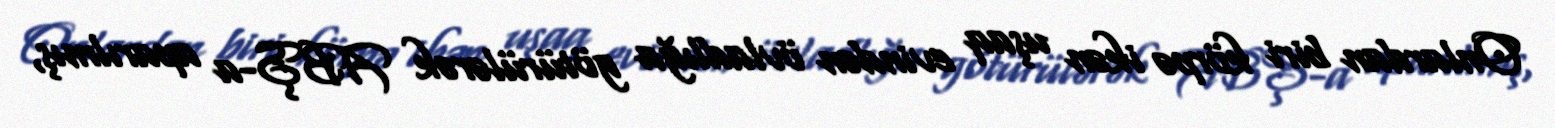
Onlardan biri körpə ikən uşaq evindən övladlığa götürülərək ABŞ-a aparılmış,